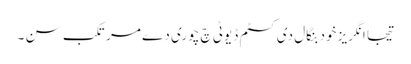
تیجا انگریز خود بنگال دی کسٹم ڈیوٹی چ چوری دے مرتکب سن ۔